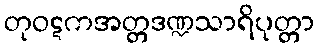
တုဝဋကအတ္တဒဏ္ဍသာရိပုတ္တာ